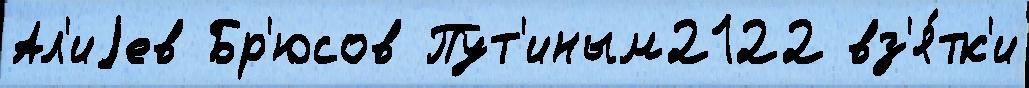
Ал'иjев Бр'юсов Пут'иным2122 вз'я́тк'и